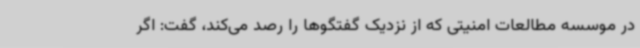
در موسسه مطالعات امنیتی که از نزدیک گفتگوها را رصد می‌کند، گفت: اگر